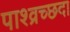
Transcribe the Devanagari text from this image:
पाश्व्रच्छदा